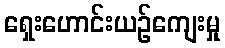
ရှေးဟောင်းယဉ်ကျေးမှု